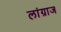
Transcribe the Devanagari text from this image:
लांग्राज